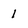
Character: 1